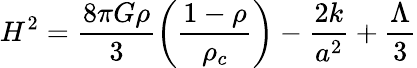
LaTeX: H^{2}=\frac{8\pi G\rho}{3}\left(\frac{1-\rho}{\rho_{c}}\right)-\frac{2k}{a^{2}}+\frac{\Lambda}{3}